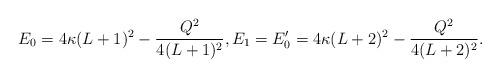
LaTeX: \begin{align*} E_0 = 4\kappa(L+1)^2 - \frac{Q^2}{4(L+1)^2}, E_1 = E'_0 = 4\kappa(L+2)^2 - \frac{Q^2}{4(L+2)^2}. \end{align*}